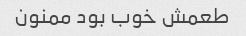
طعمش خوب بود ممنون